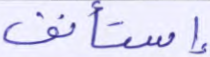
إستأنف